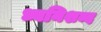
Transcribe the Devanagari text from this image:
ध्वनिशब्द